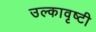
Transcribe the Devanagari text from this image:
उल्कावृष्टी